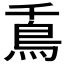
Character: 𩾭